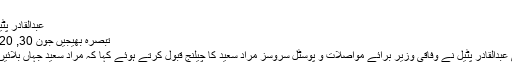
اپنی…
عبدالقادر پٹیل نے مراد سعید کا چیلنج قبول کرلیا
تبصرہ بھیجیں جون 30, 2020 June 30, 2020 39 مناظر
لاہور (ویب ڈیسک):رہنما پیپلزپارٹی عبدالقادر پٹیل نے وفاقی وزیر برائے مواصلات و پوسٹل سروسز مراد سعید کا چیلنج قبول کرتے ہوئے کہا کہ مراد سعید جہاں بلائیں، جب بلائیں، مناظرے کو تیار ہوں۔